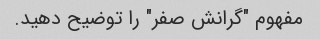
مفهوم "گرانش صفر" را توضیح دهید.